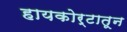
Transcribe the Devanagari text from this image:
हायकोर्टातून